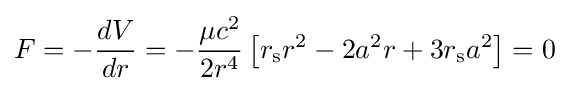
F=-{\frac {dV}{dr}}=-{\frac {\mu c^{2}}{2r^{4}}}\left[r_{\text{s}}r^{2}-2a^{2}r+3r_{\text{s}}a^{2}\right]=0